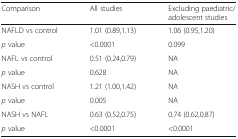
<table><thead><tr><td><b>Comparison</b></td><td><b>All studies</b></td><td><b>Excluding paediatric/adolescent studies</b></td></tr></thead><tbody><tr><td>NAFLD vs control</td><td>1.01 (0.89,1.13)</td><td>1.06 (0.95,1.20)</td></tr><tr><td><i>p</i> value</td><td>&lt;0.0001</td><td>0.099</td></tr><tr><td>NAFL vs control</td><td>0.51 (0.24,0.79)</td><td>NA</td></tr><tr><td><i>p</i> value</td><td>0.628</td><td>NA</td></tr><tr><td>NASH vs control</td><td>1.21 (1.00,1.42)</td><td>NA</td></tr><tr><td><i>p</i> value</td><td>0.005</td><td>NA</td></tr><tr><td>NASH vs NAFL</td><td>0.63 (0.52,0.75)</td><td>0.74 (0.62,0.87)</td></tr><tr><td><i>p</i> value</td><td>&lt;0.0001</td><td>&lt;0.0001</td></tr></tbody></table>